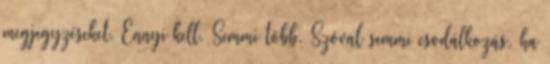
megjegyzéseket. Ennyi kell. Semmi több. Szóval semmi csodálkozás, ha